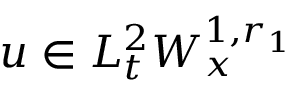
u \in L _ { t } ^ { 2 } W _ { x } ^ { 1 , r _ { 1 } }